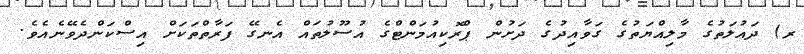
ރ) ދައުލަތުގެ މާލިއްޔަތުގެ ގަވާއިދުގެ ދަށުން ޕްރޮކިއުމަންޓްގެ އުސޫލުތައް އެނގޭ ފަރާތްތަކަށް އިސްކަންދެވޭނެއެވެ.